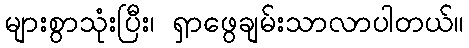
များစွာသုံးပြီး၊ ရှာဖွေချမ်းသာလာပါတယ်။